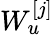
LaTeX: W_{u}^{[j]}